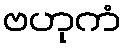
ဗဟုကံ